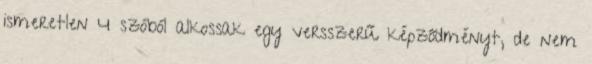
ismeretlen 4 szóból alkossak egy versszerű képződményt, de nem